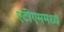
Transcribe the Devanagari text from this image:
एटीएममध्ये